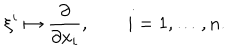
LaTeX: \xi ^ { i } \mapsto \frac { \partial } { \partial x _ { i } } , \qquad i = 1 , \dots , n .